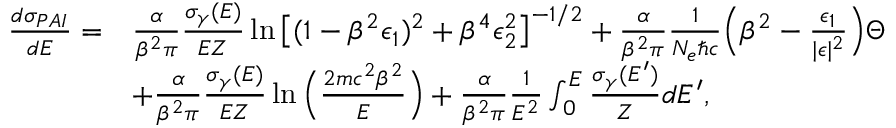
\begin{array} { r l } { \frac { d \sigma _ { P A I } } { d E } = } & { \frac { \alpha } { \beta ^ { 2 } \pi } \frac { \sigma _ { \gamma } ( E ) } { E Z } \ln \big [ ( 1 - \beta ^ { 2 } \epsilon _ { 1 } ) ^ { 2 } + \beta ^ { 4 } \epsilon _ { 2 } ^ { 2 } \big ] ^ { - 1 / 2 } + \frac { \alpha } { \beta ^ { 2 } \pi } \frac { 1 } { N _ { e } \hbar c } \Big ( \beta ^ { 2 } - \frac { \epsilon _ { 1 } } { | \epsilon | ^ { 2 } } \Big ) \Theta } \\ & { + \frac { \alpha } { \beta ^ { 2 } \pi } \frac { \sigma _ { \gamma } ( E ) } { E Z } \ln \Big ( \frac { 2 m c ^ { 2 } \beta ^ { 2 } } { E } \Big ) + \frac { \alpha } { \beta ^ { 2 } \pi } \frac { 1 } { E ^ { 2 } } \int _ { 0 } ^ { E } \frac { \sigma _ { \gamma } ( E ^ { \prime } ) } { Z } d E ^ { \prime } , } \end{array}